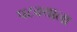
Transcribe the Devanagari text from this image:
पटक्याला